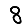
Digit: 8